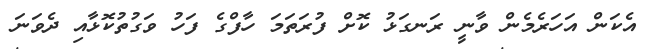
އެކަން އަހަރެމެން ވާނީ ރަނގަޅު ކޮށް ފުރަތަމަ ހާފްގެ ފަހު ވަގުތުކޮޅާއި ދެވަނަ